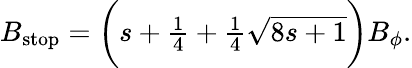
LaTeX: \begin{array}{r}{B_{\mathrm{stop}}=\biggl(s+\frac{1}{4}+\frac{1}{4}\sqrt{8s+1}\biggr)B_{\phi}.}\end{array}